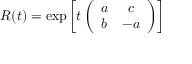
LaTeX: { \cal R } ( t ) = { \exp } \left[ { \displaystyle t } \left( \begin{array} { c c } { { a } } & { { c } } \\ { { b } } & { { - a } } \end{array} \right) \right]